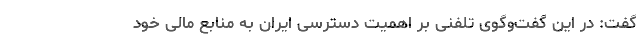
گفت: در این گفت‌وگوی تلفنی بر اهمیت دسترسی ایران به منابع مالی خود